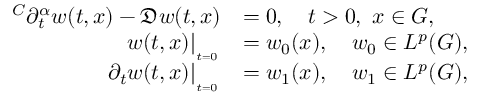
\begin{array} { r l } { ^ { C } \partial _ { t } ^ { \alpha } w ( t , x ) - \mathfrak { D } w ( t , x ) } & { = 0 , \quad t > 0 , \, \, x \in G , } \\ { w ( t , x ) | _ { _ { _ { t = 0 } } } } & { = w _ { 0 } ( x ) , \quad w _ { 0 } \in L ^ { p } ( G ) , } \\ { \partial _ { t } w ( t , x ) | _ { _ { _ { t = 0 } } } } & { = w _ { 1 } ( x ) , \quad w _ { 1 } \in L ^ { p } ( G ) , } \end{array}